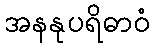
အနနုပရိဓာဝံ